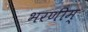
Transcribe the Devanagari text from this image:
भरणीम्